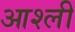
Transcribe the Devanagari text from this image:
आश्ली